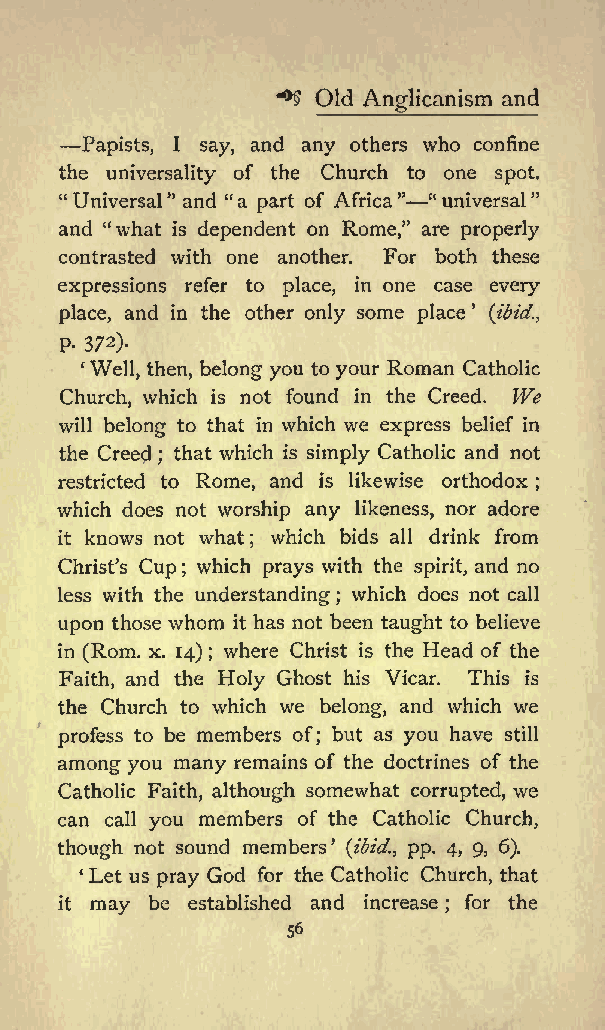
**$ Old Anglicanism and
 Papists, I say, and any others who confine
 the universality of the Church to one spot.
 &quot; Universal&quot; and &quot;a part of Africa&quot; &quot;universal&quot;
 and &quot;what is dependent on Rome,&quot; are properly
 contrasted with one another. For both these
 expressions refer to place, in one case every
 place, and in the other only some place (ibid.,
 P- 372).
 Well, then, belong you to your Roman Catholic
 Church, which is not found in the Creed. We
 will belong to that in which we express belief in
 the Creed that which is simply Catholic and not
 ;
 restricted to Rome, and is likewise orthodox
 ;
 which does not worship any likeness, nor adore
 it knows not what which bids all drink from
 ;
 Christs Cup ; which prays with the spirit, and no
 less with the understanding which does not call
 ;
 upon those whom it has not been taught to believe
 in (Rom. x. 14); where Christ is the Head of the
 Faith, and the Holy Ghost his Vicar. This is
 the Church to which we belong, and which we
 profess to be members of; but as you have still
 among you many remains of the doctrines of the
 Catholic Faith, although somewhat corrupted, we
 can call you members of the Catholic Church,
 though not sound members (ibid., pp. 4, 9, 6).
 Let us pray God for the Catholic Church, that
 it may be established and increase ; for the
 56